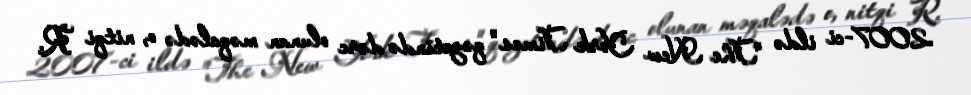
2007-ci ildə "The New York Times" qəzetində dərc olunan məqalədə o, nitqi R.